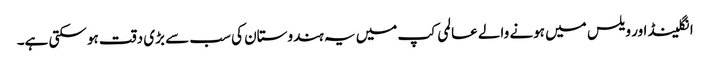
انگلینڈ اور ویلس میں ہونے والے عالمی کپ میں یہ ہندوستان کی سب سے بڑی دقت ہو سکتی ہے۔